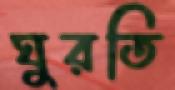
ঘুরতি